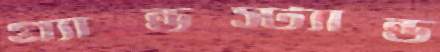
গ্র্যান্ডস্ট্যান্ড